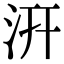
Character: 汧